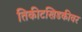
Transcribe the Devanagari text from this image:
तिकीटखिडकीवर